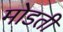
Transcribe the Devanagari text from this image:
मोडती